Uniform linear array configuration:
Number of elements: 24
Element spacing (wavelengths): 0.75
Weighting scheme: kaiser
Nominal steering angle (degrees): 0
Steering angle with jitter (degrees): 0.8771
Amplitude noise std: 0.05
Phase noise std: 0.05

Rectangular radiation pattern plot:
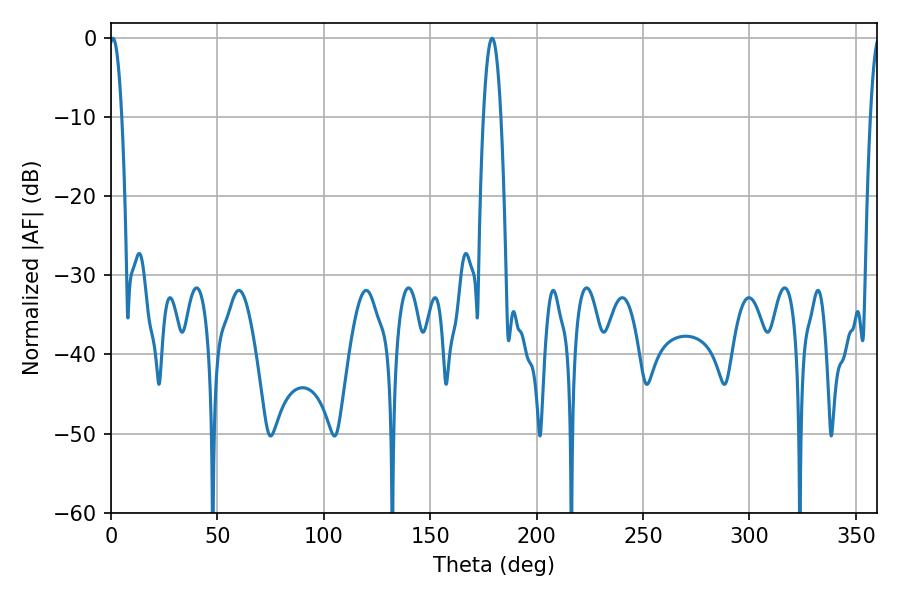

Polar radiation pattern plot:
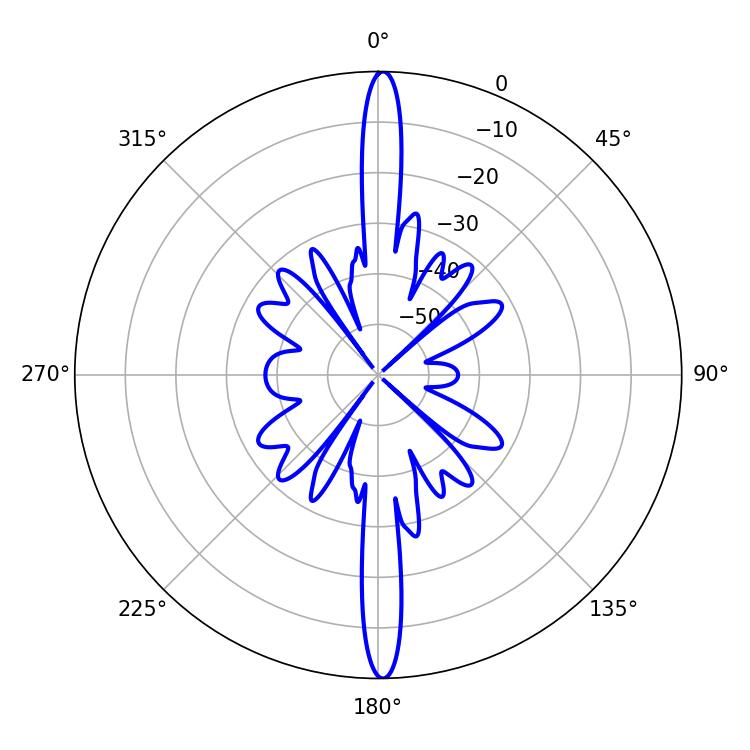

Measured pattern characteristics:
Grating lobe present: TRUE
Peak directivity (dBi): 28.595
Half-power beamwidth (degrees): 3.24
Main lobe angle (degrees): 0.9